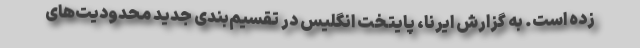
زده است. به گزارش ایرنا، پایتخت انگلیس در تقسیم‌بندی جدید محدودیت‌های